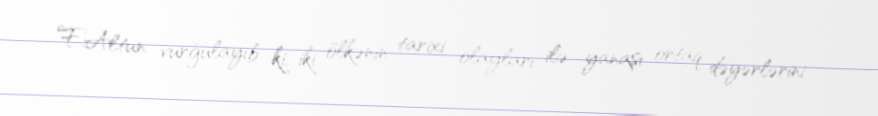
F.Altun vurğulayıb ki, iki ölkənin tarixi olayları ilə yanaşı ortaq dəyərlərini